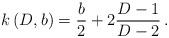
LaTeX: \begin{align*}k\,(D,b) = {b\over 2} + 2 {D-1\over D-2}\, .\end{align*}